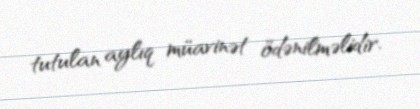
tutulan aylıq müavinət ödənilməlidir.